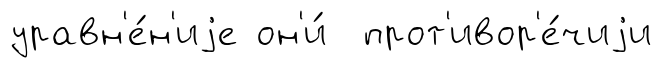
уравн'е́н'иjе он'и́ прот'ивор'е́чиjи